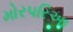
મોરપરિઆ